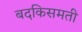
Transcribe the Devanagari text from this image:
बदकिसमती